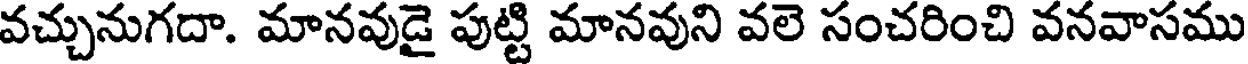
వచ్చునుగదా. మానవుడై పుట్టి మానవుని వలె సంచరించి వనవాసము